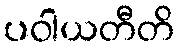
ပဝါယတီတိ